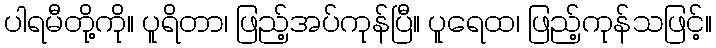
ပါရမီတို့ကို။ ပူရိတာ၊ ဖြည့်အပ်ကုန်ပြီ။ ပူရေထ၊ ဖြည့်ကုန်သဖြင့်။